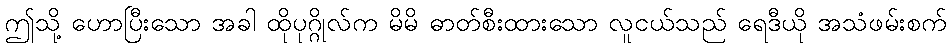
ဤသို့ ဟောပြီးသော အခါ ထိုပုဂ္ဂိုလ်က မိမိ ဓာတ်စီးထားသော လူငယ်သည် ရေဒီယို အသံဖမ်းစက်